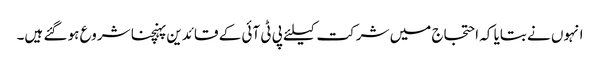
انہوں نے بتایا کہ احتجاج میں شرکت کیلئے پی ٹی آئی کے قائدین پہنچنا شروع ہو گئے ہیں۔